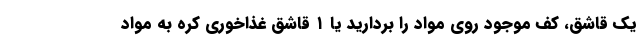
یک قاشق، کف موجود روی مواد را بردارید یا ۱ قاشق غذاخوری کره به مواد